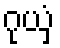
ဂုယှံ